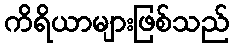
ကိရိယာများဖြစ်သည်